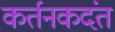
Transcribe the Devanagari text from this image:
कर्तनकदंत